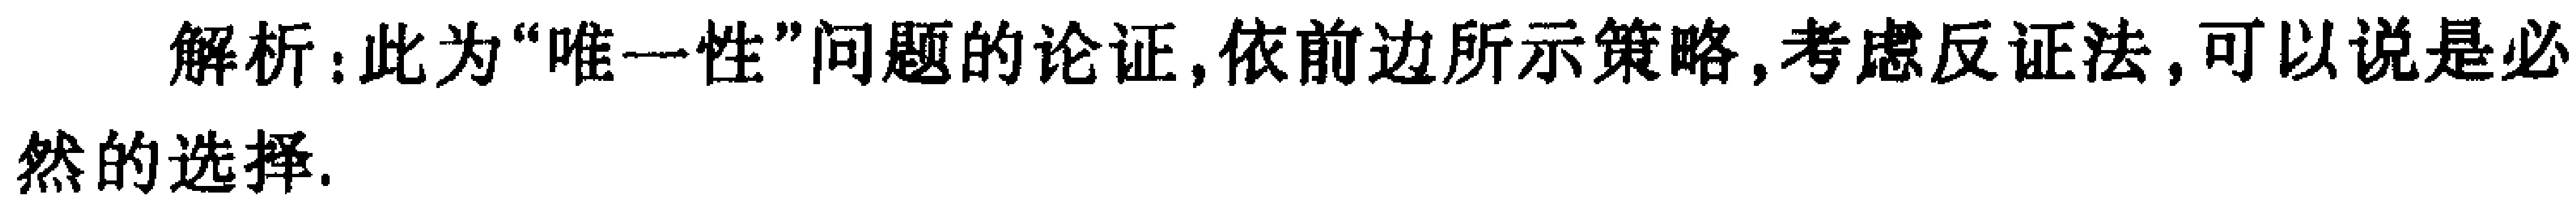
解析：此为“唯一性”问题的论证,依前边所示策略,考虑反证法,可以说是必然的选择.